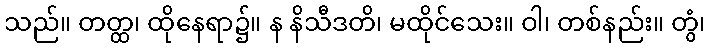
သည်။ တတ္ထ၊ ထိုနေရာ၌။ န နိသီဒတိ၊ မထိုင်သေး။ ဝါ၊ တစ်နည်း။ တွံ၊